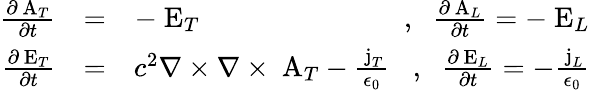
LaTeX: \begin{array}{rlr}{\frac{\partial\mathrm{\mathbf~A}_{T}}{\partial t}}&{=}&{-\mathrm{\mathbf~E}_{T}\; \; \; \; \; \; \; \; \; \; \; \; \; \; \; \; \; \; \; \; \; \; \; \; \; \; ,\; \; \frac{\partial\mathrm{\mathbf~A}_{L}}{\partial t}=-\mathrm{\mathbf~E}_{L}}\\ {\frac{\partial\mathrm{\mathbf~E}_{T}}{\partial t}}&{=}&{c^{2}\nabla\times\nabla\times\mathrm{\mathbf~A}_{T}-\frac{\mathrm{\mathbf~j}_{T}}{\epsilon_{0}}\; \; \; ,\; \; \frac{\partial\mathrm{\mathbf~E}_{L}}{\partial t}=-\frac{\mathrm{\mathbf~j}_{L}}{\epsilon_{0}}}\end{array}